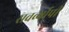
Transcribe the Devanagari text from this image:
सवर्व्यापी